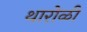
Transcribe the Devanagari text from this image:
थारोळी